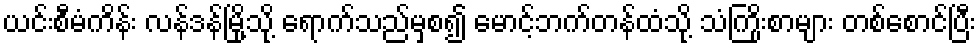
ယင်းစီမံကိန်း လန်ဒန်မြို့သို့ ရောက်သည်မှစ၍ မောင့်ဘက်တန်ထံသို့ သံကြိုးစာများ တစ်စောင်ပြီး